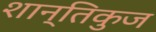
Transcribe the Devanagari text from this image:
शान्तिकुज